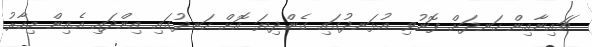
ޗައިނާއިން ހަނދަށް ފޮނުވި އުޅަނދުގައި ގެންދިޔަ އޮށް ހަނދުގައި އިންދައި އެއިން މިހާރު